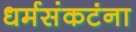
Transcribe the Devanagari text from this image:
धर्मसंकटंना